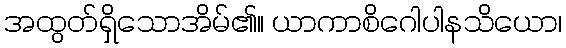
အထွတ်ရှိသောအိမ်၏။ ယာကာစိဂေါပါနသိယော၊